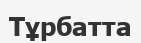
Тұрбатта